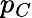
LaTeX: p_{C}